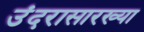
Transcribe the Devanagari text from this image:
उंदरासारख्या